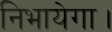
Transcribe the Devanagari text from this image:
निभायेगा।